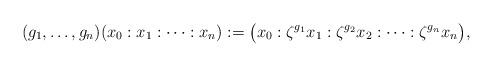
LaTeX: \begin{gather*} (g_1,\dots,g_n)(x_0:x_1:\dots:x_n):=\big(x_0:\zeta^{g_1}x_1:\zeta^{g_2}x_2:\dots:\zeta^{g_n}x_n\big),\end{gather*}